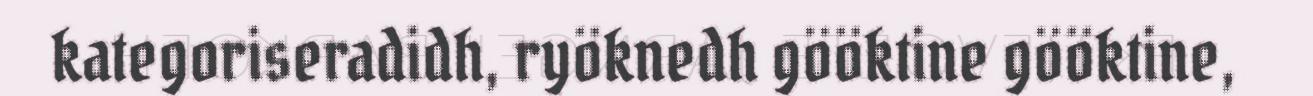
kategoriseradidh, ryöknedh gööktine gööktine,